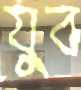
যুব